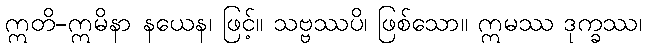
ဣတိ-ဣမိနာ နယေန၊ ဖြင့်။ သဗ္ဗဿပိ၊ ဖြစ်သော။ ဣမဿ ဒုက္ခဿ၊